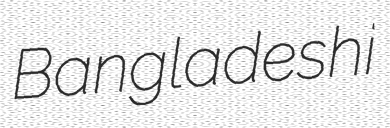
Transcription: Bangladeshi